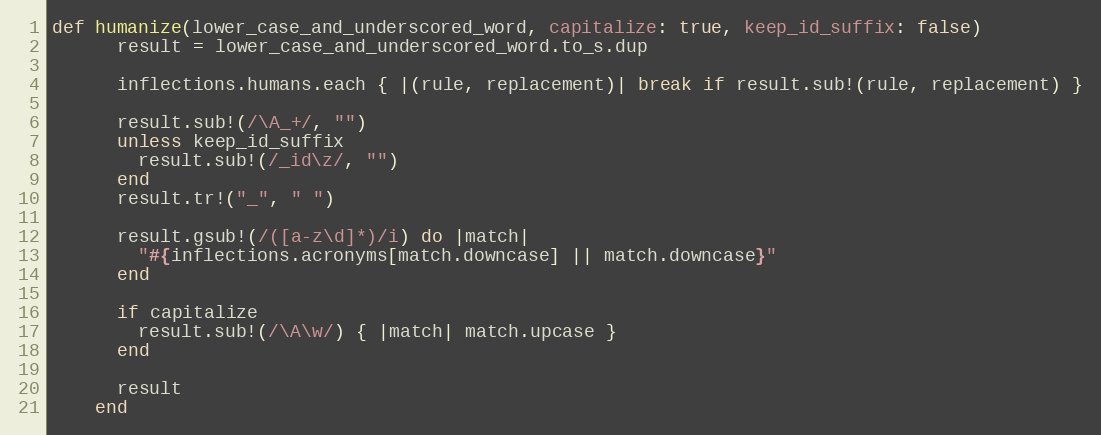
Language: Ruby
def humanize(lower_case_and_underscored_word, capitalize: true, keep_id_suffix: false)
      result = lower_case_and_underscored_word.to_s.dup

      inflections.humans.each { |(rule, replacement)| break if result.sub!(rule, replacement) }

      result.sub!(/\A_+/, "")
      unless keep_id_suffix
        result.sub!(/_id\z/, "")
      end
      result.tr!("_", " ")

      result.gsub!(/([a-z\d]*)/i) do |match|
        "#{inflections.acronyms[match.downcase] || match.downcase}"
      end

      if capitalize
        result.sub!(/\A\w/) { |match| match.upcase }
      end

      result
    end